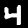
Label: 4